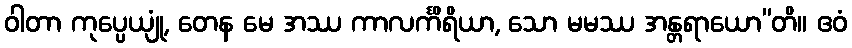
ဝါတာ ကုပ္ပေယျုံ, တေန မေ အဿ ကာလင်္ကိရိယာ, သော မမဿ အန္တရာယော”တိ။ ဧဝံ